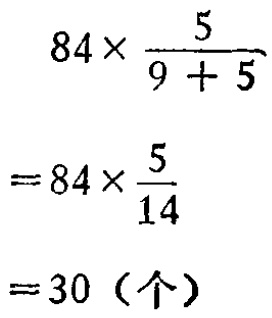
\[

\begin{align*}

&84\times\frac{5}{9 + 5}\\

=&84\times\frac{5}{14}\\

=&30 (\text{个})

\end{align*}

\]